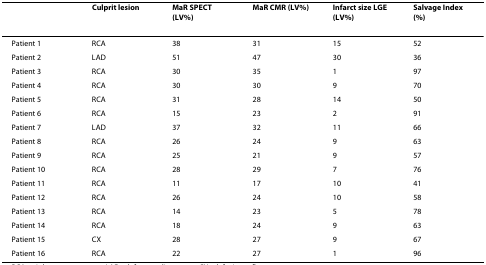
<table><thead><tr><td></td><td><b>Culprit lesion</b></td><td><b>MaR SPECT (LV%)</b></td><td><b>MaR CMR (LV%)</b></td><td><b>Infarct size LGE (LV%)</b></td><td><b>Salvage Index (%)</b></td></tr></thead><tbody><tr><td>Patient 1</td><td>RCA</td><td>38</td><td>31</td><td>15</td><td>52</td></tr><tr><td>Patient 2</td><td>LAD</td><td>51</td><td>47</td><td>30</td><td>36</td></tr><tr><td>Patient 3</td><td>RCA</td><td>30</td><td>35</td><td>1</td><td>97</td></tr><tr><td>Patient 4</td><td>RCA</td><td>30</td><td>30</td><td>9</td><td>70</td></tr><tr><td>Patient 5</td><td>RCA</td><td>31</td><td>28</td><td>14</td><td>50</td></tr><tr><td>Patient 6</td><td>RCA</td><td>15</td><td>23</td><td>2</td><td>91</td></tr><tr><td>Patient 7</td><td>LAD</td><td>37</td><td>32</td><td>11</td><td>66</td></tr><tr><td>Patient 8</td><td>RCA</td><td>26</td><td>24</td><td>9</td><td>63</td></tr><tr><td>Patient 9</td><td>RCA</td><td>25</td><td>21</td><td>9</td><td>57</td></tr><tr><td>Patient 10</td><td>RCA</td><td>28</td><td>29</td><td>7</td><td>76</td></tr><tr><td>Patient 11</td><td>RCA</td><td>11</td><td>17</td><td>10</td><td>41</td></tr><tr><td>Patient 12</td><td>RCA</td><td>26</td><td>24</td><td>10</td><td>58</td></tr><tr><td>Patient 13</td><td>RCA</td><td>14</td><td>23</td><td>5</td><td>78</td></tr><tr><td>Patient 14</td><td>RCA</td><td>18</td><td>24</td><td>9</td><td>63</td></tr><tr><td>Patient 15</td><td>CX</td><td>28</td><td>27</td><td>9</td><td>67</td></tr><tr><td>Patient 16</td><td>RCA</td><td>22</td><td>27</td><td>1</td><td>96</td></tr></tbody></table>